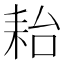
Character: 耛